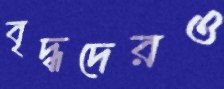
বৃদ্ধদেরও